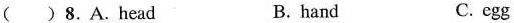
( ) 8.A.Head B. hand C. egg